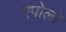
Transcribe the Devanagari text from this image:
एपोलो